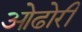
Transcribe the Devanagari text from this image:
ओढोरी